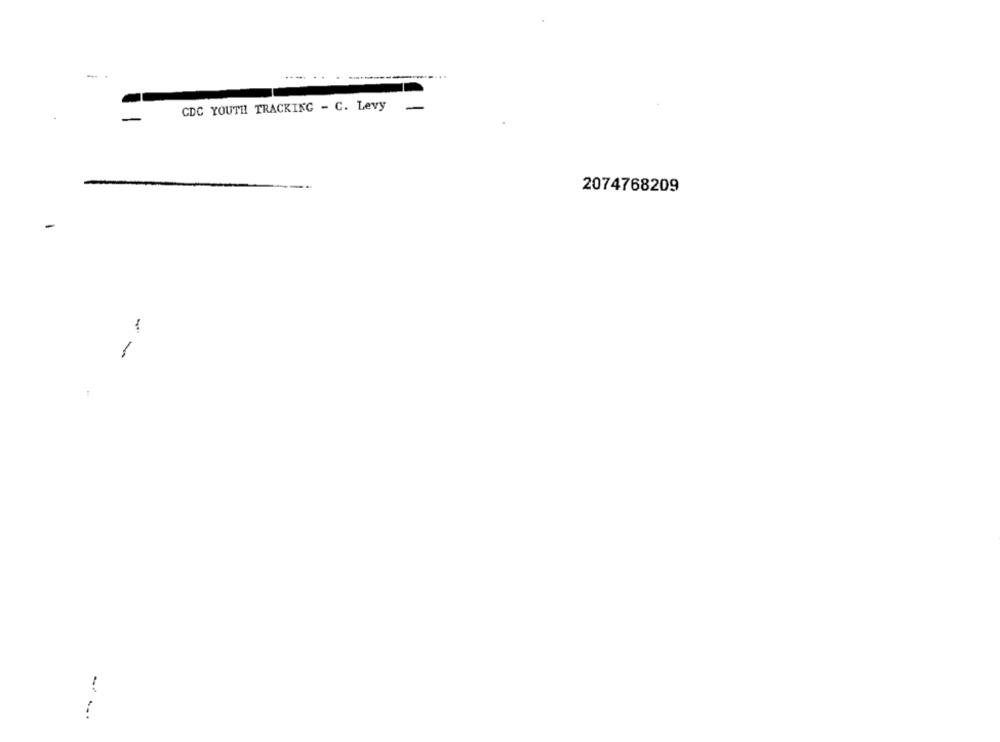
CDC YOUTH TRACKING - C. Levy
-
2074768209
-
1